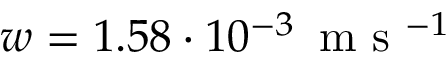
w = 1 . 5 8 \cdot 1 0 ^ { - 3 } \, \mathrm { ~ m ~ s ~ } ^ { - 1 }